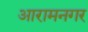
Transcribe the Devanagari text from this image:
आरामनगर